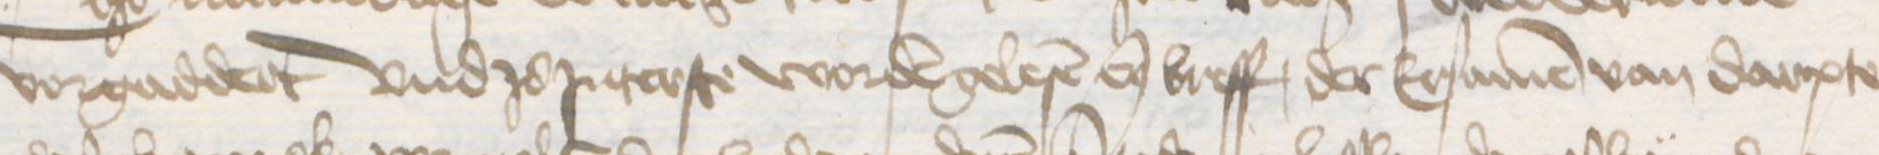
vorgaddert und zo Jnterste worden gelesen enen breff, der Ersamen van Darpte